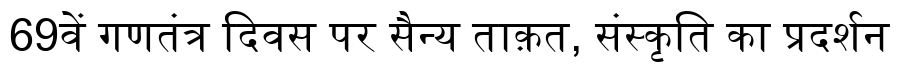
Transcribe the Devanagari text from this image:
69वें गणतंत्र दिवस पर सैन्य ताक़त, संस्कृति का प्रदर्शन